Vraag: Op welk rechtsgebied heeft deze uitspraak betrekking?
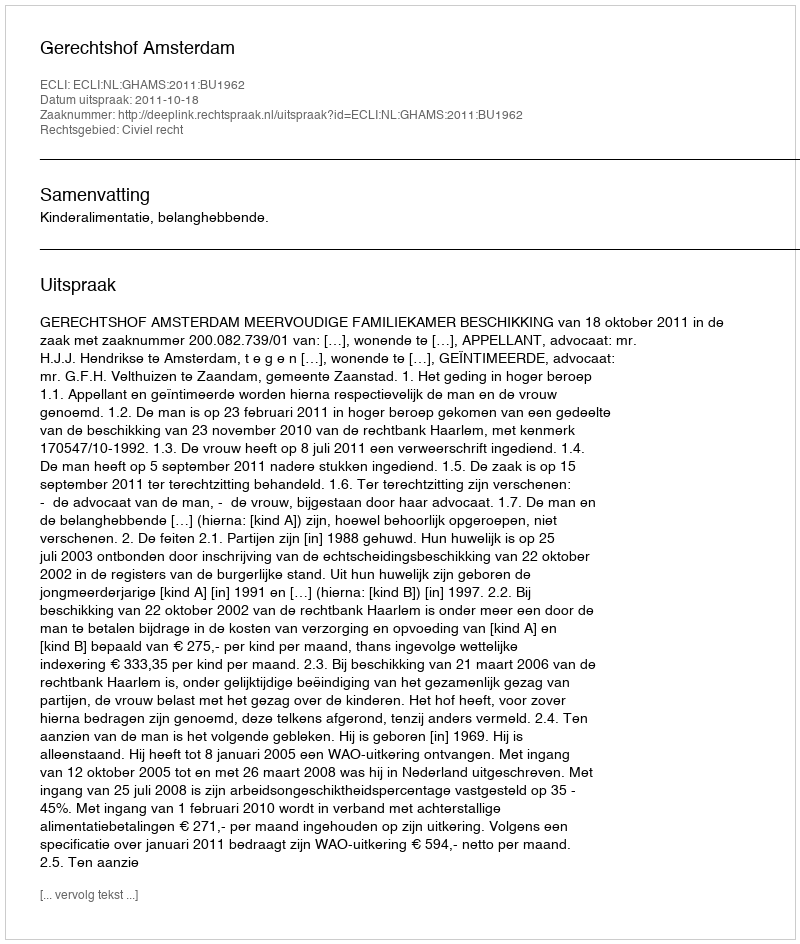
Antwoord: Civiel recht